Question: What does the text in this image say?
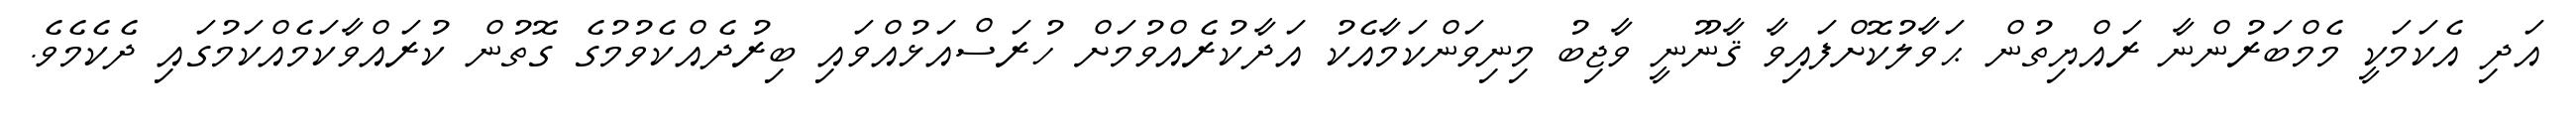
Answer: އަދި އެކަމަކީ މެމްބަރުންނާ ރައްޔިތުން ޙަވާލުކޮށްފައިވާ ޤާނޫނީ ވާޖިބު މިނިވަންކަމާއެކު އަދާކުރެއްވުމަށް ހުރަސްއަޅުއްވައި ބިރުދެއްކެވުމުގެ ގޮތުން ކުރައްވާކަމެއްކަމުގައި ދެކެމެވެ.